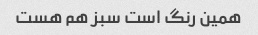
همین رنگ است سبز هم هست